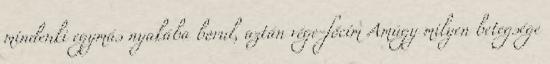
mindenki egymás nyakába borul, aztán vége-főcím Amúgy milyen betegsége